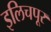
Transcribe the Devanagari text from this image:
इलिचपूर